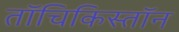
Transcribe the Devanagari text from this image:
तॉचिकिस्तॉन